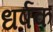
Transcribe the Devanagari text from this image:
धर्षक